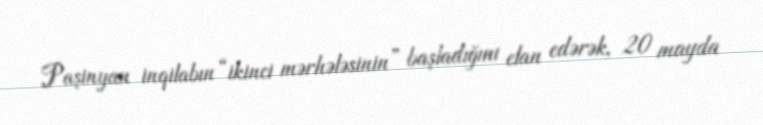
Paşinyan inqilabın “ikinci mərhələsinin” başladığını elan edərək, 20 mayda